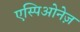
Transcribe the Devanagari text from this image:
एस्पिओनेज़